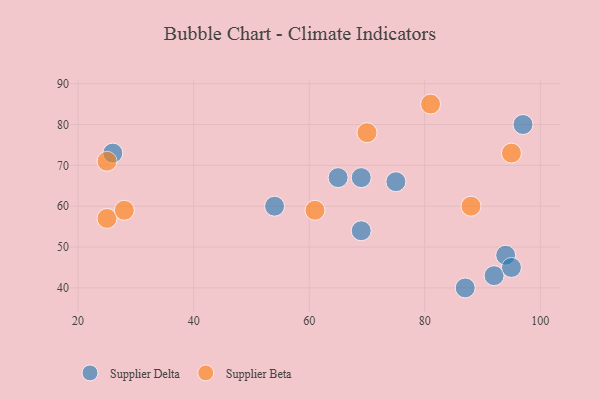
{"axis": {"x": "GDP", "y": "Life Expectancy"}, "legend": ["Supplier Beta", "Supplier Delta"], "data": [{"x": "92", "y": 43, "type": "Supplier Delta"}, {"x": "87", "y": 40, "type": "Supplier Delta"}, {"x": "54", "y": 60, "type": "Supplier Delta"}, {"x": "97", "y": 80, "type": "Supplier Delta"}, {"x": "69", "y": 67, "type": "Supplier Delta"}, {"x": "75", "y": 66, "type": "Supplier Delta"}, {"x": "94", "y": 48, "type": "Supplier Delta"}, {"x": "65", "y": 67, "type": "Supplier Delta"}, {"x": "26", "y": 73, "type": "Supplier Delta"}, {"x": "95", "y": 45, "type": "Supplier Delta"}, {"x": "69", "y": 54, "type": "Supplier Delta"}, {"x": "25", "y": 57, "type": "Supplier Beta"}, {"x": "25", "y": 71, "type": "Supplier Beta"}, {"x": "28", "y": 59, "type": "Supplier Beta"}, {"x": "88", "y": 60, "type": "Supplier Beta"}, {"x": "61", "y": 59, "type": "Supplier Beta"}, {"x": "81", "y": 85, "type": "Supplier Beta"}, {"x": "95", "y": 73, "type": "Supplier Beta"}, {"x": "70", "y": 78, "type": "Supplier Beta"}]}